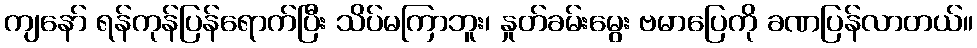
ကျနော် ရန်ကုန်ပြန်ရောက်ပြီး သိပ်မကြာဘူး၊ နှုတ်ခမ်းမွေး ဗမာပြေကို ခဏပြန်လာတယ်။